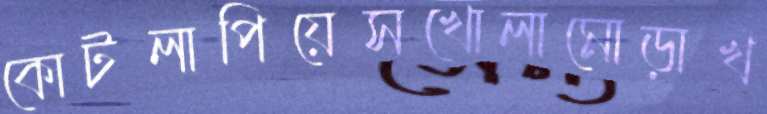
কোটলাপিয়েসখোলামোড়াখ